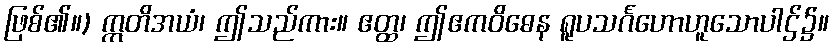
ဖြစ်၏။) ဣတိအယံ၊ ဤသည်ကား။ ဧတ္ထ၊ ဤဧကဝိဓေန ရူပသင်္ဂဟောဟူသောပါဌ်၌။